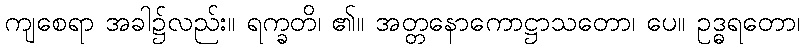
ကျစေရာ အခါ၌လည်း။ ရက္ခတိ၊ ၏။ အတ္တနောကောဋ္ဌာသတော၊ ပေ။ ဥဒ္ဓရတော၊